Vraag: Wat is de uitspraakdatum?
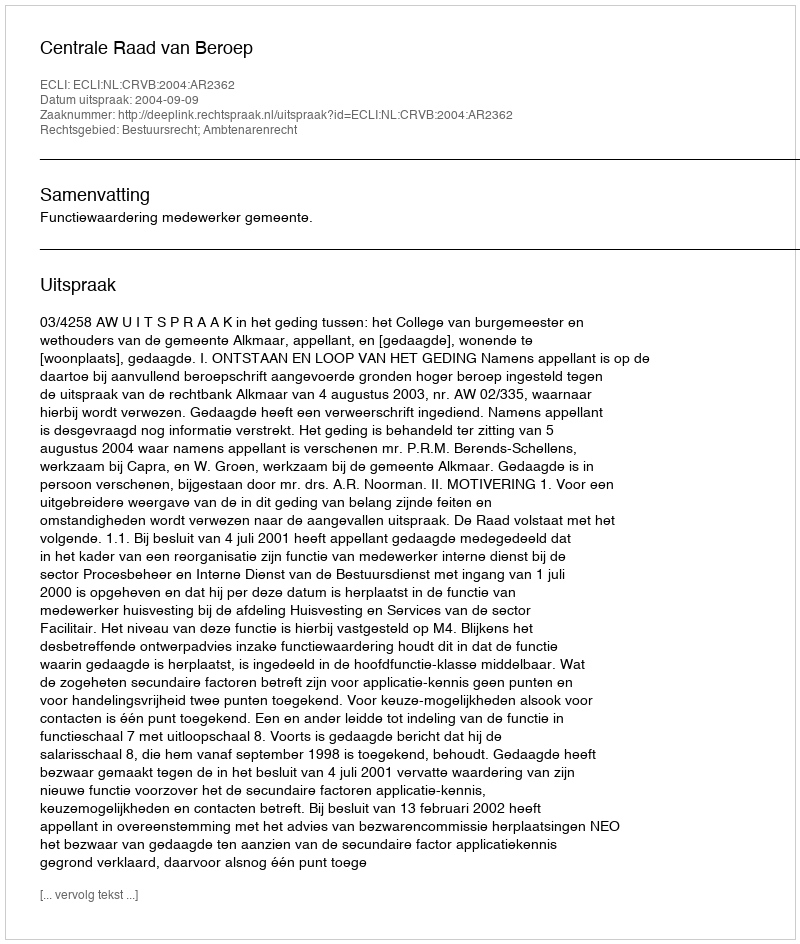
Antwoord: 2004-09-09